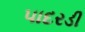
પાદરડી